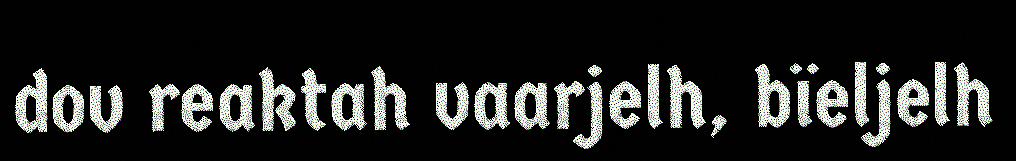
dov reaktah vaarjelh, bïeljelh